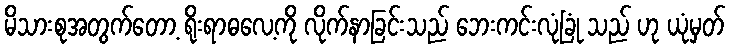
မိသားစုအတွက်တော့ ရိုးရာဓလေ့ကို လိုက်နာခြင်းသည် ဘေးကင်းလုံခြုံ သည် ဟု ယုံမှတ်